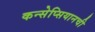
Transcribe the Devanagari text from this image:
कन्सेप्सियानची